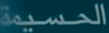
الحسيمة